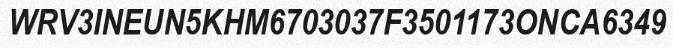
WRV3INEUN5KHM6703037F3501173ONCA6349